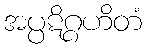
အပ္ပဋိဂ္ဂဟိတံ